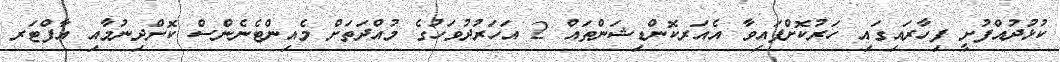
ކުޅުދުއްފުށީ ފިހާރައިގައި ހަރުކޮށްފައިވާ އެއަރކޮންޑިޝަންތައް 2 އަހަރުދުވަހުގެ މުއްދަތަށް މެއިންޓެނެންސް ކޮށްދިނުމާއި އާފްޓަރ